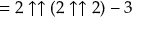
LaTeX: = 2 \uparrow \uparrow ( 2 \uparrow \uparrow 2 ) - 3